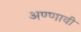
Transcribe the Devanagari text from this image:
अण्णावी